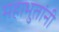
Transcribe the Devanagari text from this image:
महाभुतांनी